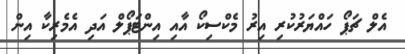
އެލް ޗަޕޯ ހައްޔަރުކުރި އިރު މެކްސިކޯ އާއި އިންޓަޕޯލް އަދި އެމެރިކާ އިން